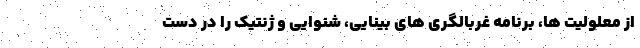
از معلولیت ها، برنامه غربالگری های بینایی، شنوایی و ژنتیک را در دست